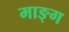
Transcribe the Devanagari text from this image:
माङ्ग